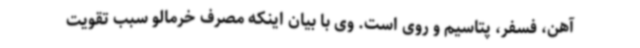
آهن، فسفر، پتاسیم و روی است. وی با بیان اینکه مصرف خرمالو سبب تقویت